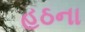
હઠના